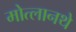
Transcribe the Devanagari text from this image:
मोत्लानथे